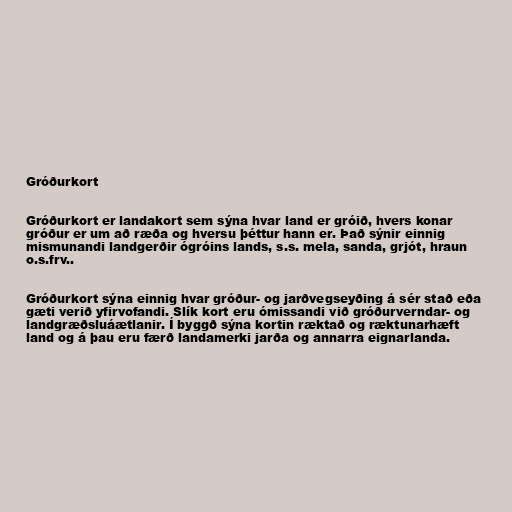
Gróðurkort

Gróðurkort er landakort sem sýna hvar land er gróið, hvers konar
gróður er um að ræða og hversu þéttur hann er. Það sýnir einnig
mismunandi landgerðir ógróins lands, s.s. mela, sanda, grjót, hraun
o.s.frv..

Gróðurkort sýna einnig hvar gróður- og jarðvegseyðing á sér stað eða
gæti verið yfirvofandi. Slík kort eru ómissandi við gróðurverndar- og
landgræðsluáætlanir. Í byggð sýna kortin ræktað og ræktunarhæft
land og á þau eru færð landamerki jarða og annarra eignarlanda.